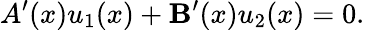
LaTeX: A^{\prime}(x)u_{1}(x)+\mathbf{B}^{\prime}(x)u_{2}(x)=0.